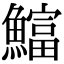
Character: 𫙻